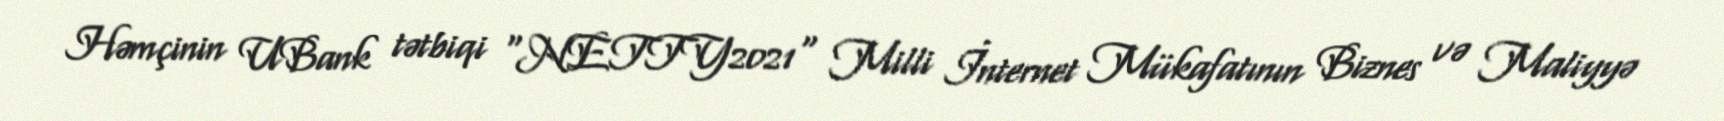
Həmçinin UBank tətbiqi "NETTY2021" Milli İnternet Mükafatının Biznes və Maliyyə